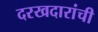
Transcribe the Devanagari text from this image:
दरखदारांची